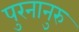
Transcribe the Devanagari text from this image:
पुरनानुरु